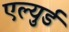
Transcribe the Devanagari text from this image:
एल्युर्ड